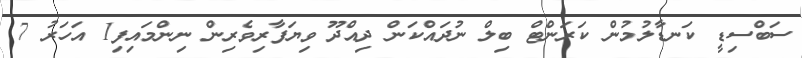
ސަބްސިޑީ ކަނޑާލުމުން ކަރަންޓް ބިލް ނުދައްކަން ދިއްދޫ ވިޔަފާރިވެރިން ނިންމައިފި1 އަހަރު 7